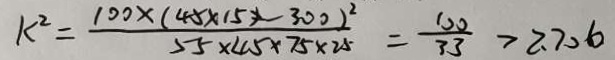
k ^ { 2 } = \frac { 1 0 0 \times ( 4 5 \times 1 5 x - 3 0 0 ) ^ { 2 } } { 5 5 \times 4 5 \times 7 5 \times 2 5 } = \frac { 1 0 0 } { 3 3 } > 2 . 7 0 6